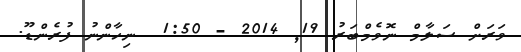
ވަރަށް ސަލާމް ނޮވެމްބަރު 19